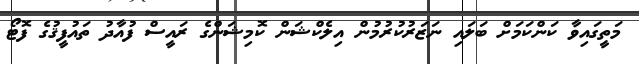
މަތީގައިވާ ކަންކަމަށް ބަލައި ނަޒަރުކުރުމުން އިލެކްޝަން ކޮމިޝަންގެ ރައީސް ފުއާދު ތައުފީޤުގެ ފޮޓޯ